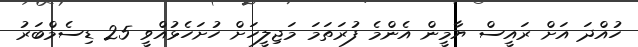
ހުއްދަ އަށް ރައީސް ޔާމީން އެންމެ ފުރަތަމަ މަޖިލީހަށް ހުށަހެޅުއްވީ 25 ޑިސެމްބަރު